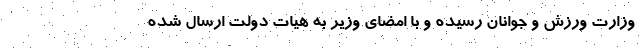
وزارت ورزش و جوانان رسیده و با امضای وزیر به هیات دولت ارسال ‌شده